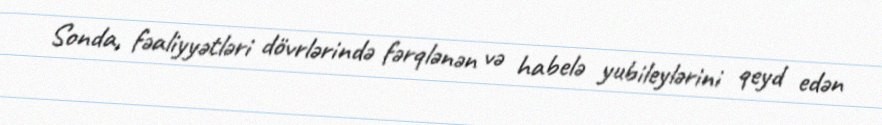
Sonda, fəaliyyətləri dövrlərində fərqlənən və habelə yubileylərini qeyd edən